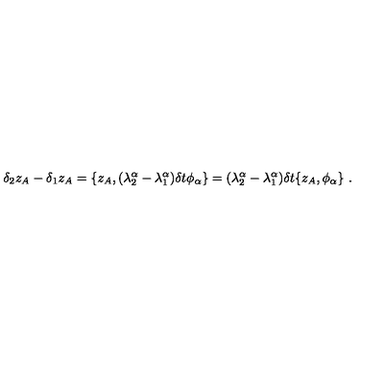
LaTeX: \delta _ { 2 } z _ { A } - \delta _ { 1 } z _ { A } = \{ z _ { A } , ( \lambda _ { 2 } ^ { \alpha } - \lambda _ { 1 } ^ { \alpha } ) \delta t \phi _ { \alpha } \} = ( \lambda _ { 2 } ^ { \alpha } - \lambda _ { 1 } ^ { \alpha } ) \delta t \{ z _ { A } , \phi _ { \alpha } \} \ .